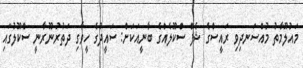
މައުލޫމާތު މުއްސަނދިވި ރައީސްގެ ޝެފް ސްކޫލެއްގެ ބާނީއަކަށް: ސައީދުގެ ހީވާގި ދަތުރުނޫރާނީ ސްކޫލުގައި